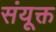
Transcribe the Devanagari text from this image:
संयूक्त